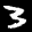
Label: 3